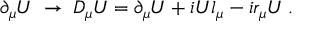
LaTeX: \partial _ { \mu } \! \! \; U \; \rightarrow \; D _ { \mu } \! \! \; U = \partial _ { \mu } \! \! \; U + i U l _ { \mu } - i r _ { \mu } U \: .